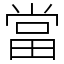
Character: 當